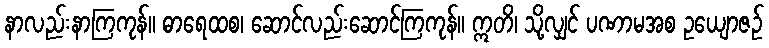
နာလည်းနာကြကုန်။ ဓာရေထစ၊ ဆောင်လည်းဆောင်ကြကုန်။ ဣတိ၊ သို့လျှင် ပဏာမအစ ဥယျောဇဉ်